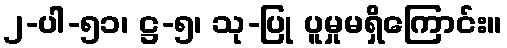
၂-ပါ-၅၁၊ ဋ္ဌ-၅၊ သု-ပြု ပူမှုမရှိကြောင်း။